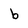
Character: b